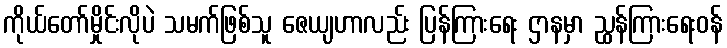
ကိုယ်တော်မှိုင်းလိုပဲ သမက်ဖြစ်သူ ဇေယျဟာလည်း ပြန်ကြားရေး ဌာနမှာ ညွှန်ကြားရေးဝန်